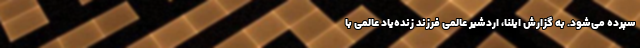
سپرده می‌شود. به گزارش ایلنا، اردشیر عالمی فرزند زنده‌یاد عالمی با